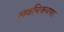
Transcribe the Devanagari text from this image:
लवचिकपणा